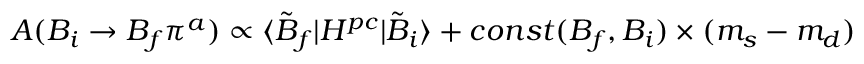
A ( B _ { i } \to B _ { f } \pi ^ { a } ) \propto \langle \tilde { B } _ { f } | H ^ { p c } | \tilde { B } _ { i } \rangle + c o n s t ( B _ { f } , B _ { i } ) \times ( m _ { s } - m _ { d } )